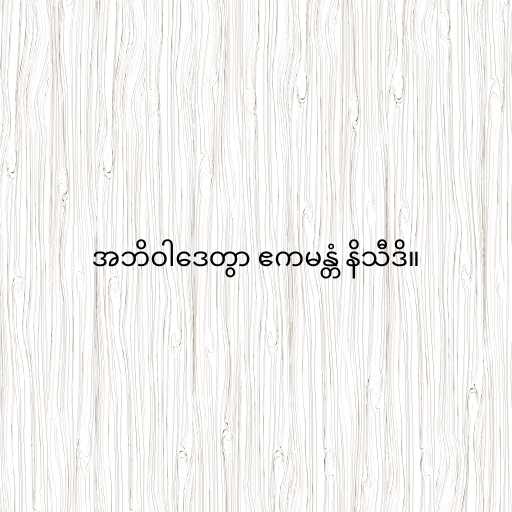
အဘိဝါဒေတွာ ဧကမန္တံ နိသီဒိ။